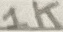
Text: 1K